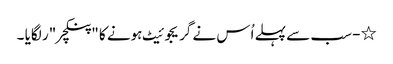
٭- سب سے پہلے اُس نے گریجوئیٹ ہونے کا "پنکچر "ر لگایا ۔